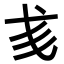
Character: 𢦑